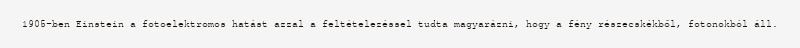
1905-ben Einstein a fotoelektromos hatást azzal a feltételezéssel tudta magyarázni, hogy a fény részecskékből, fotonokból áll.